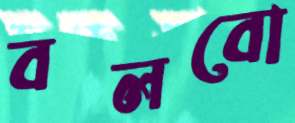
বলবো